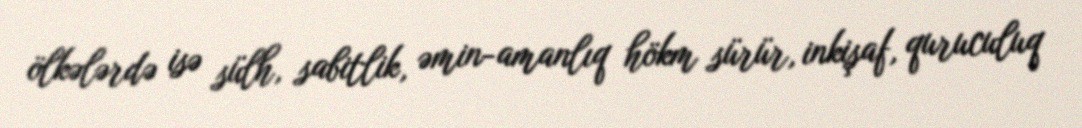
ölkələrdə isə sülh, sabitlik, əmin-amanlıq hökm sürür, inkişaf, quruculuq